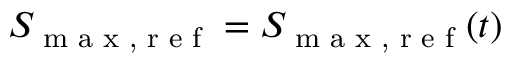
S _ { \textrm { m a x , r e f } } = S _ { \textrm { m a x , r e f } } ( t )